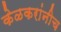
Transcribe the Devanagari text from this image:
केळकरांनीच